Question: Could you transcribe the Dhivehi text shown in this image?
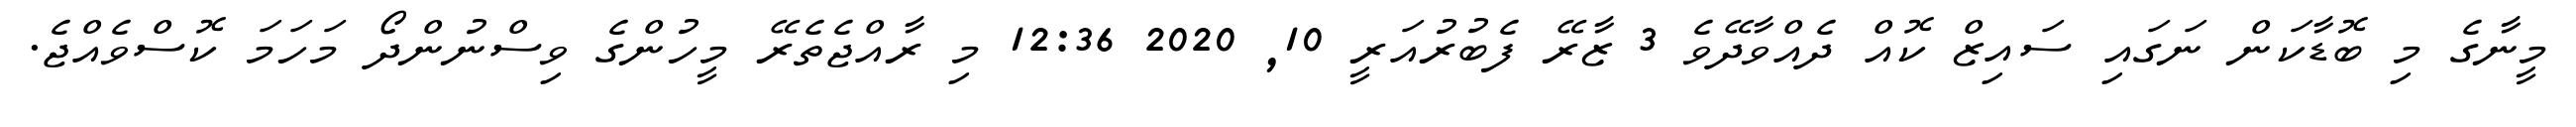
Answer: މީނާގެ މި ބޮޑާކަން ނަގައި ސައިޒް ކޮއް ދެއްވާދޭވެ 3 ޒާރޭ ފެބުރުއަރީ 10, 2020 12:36 މި ރާއްޖެތެރޭ މީހުންގެ ވިސްނުންދޯ މަހަމަ ކޮސްވެއްޖެ.